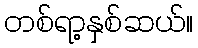
တစ်ရာ့နှစ်ဆယ်။